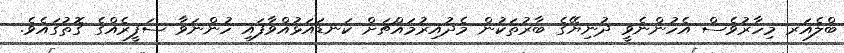
ބްލެއަރ މިހާރުވެސް އެހުންނެވީ ދުނިޔޭގެ ބާރުތަކުން މެދުއިރުމައްޗަށް ކަނޑައަޅުއްވާފައި ހުންނަވާ ސަފީރެއްގެ ގޮތުގައެވެ.